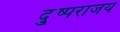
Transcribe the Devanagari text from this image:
दु्ष्पराजय